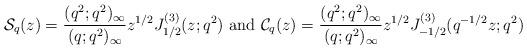
LaTeX: \begin{align*} \mathcal{S}_{q}(z)=\frac{(q^{2};q^{2})_{\infty}}{(q;q^{2})_{\infty}}z^{1/2}J_{1/2}^{(3)}(z;q^{2}) \mbox{ and } \mathcal{C}_{q}(z)=\frac{(q^{2};q^{2})_{\infty}}{(q;q^{2})_{\infty}}z^{1/2}J_{-1/2}^{(3)}(q^{-1/2}z;q^{2}) \end{align*}